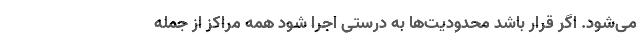
می‌شود. اگر قرار باشد محدودیت‌ها به درستی اجرا شود همه مراکز از جمله